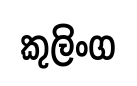
කුලිංග